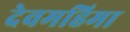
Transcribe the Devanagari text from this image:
देवमहिमा